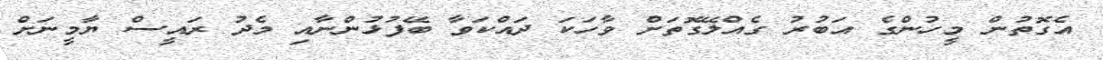
އެގޮތުން މީހުންގެ އަބުރު ގެއްލޭގޮތަށް ވާހަކަ ދައްކަވާ ބޭފުޅުންނާއި މެދު ރައީސް ޔާމީނަށް